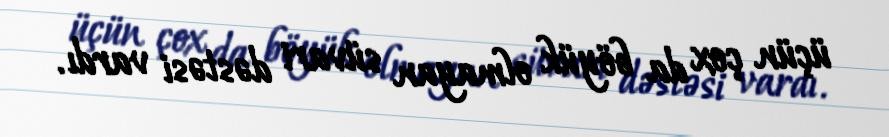
üçün çox da böyük olmayan süvari dəstəsi vardı.